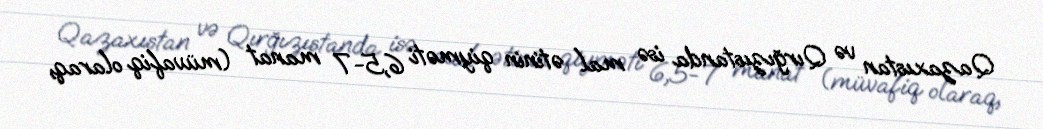
Qazaxıstan və Qırğızıstanda isə mal ətinin qiyməti 6,5-7 manat (müvafiq olaraq,